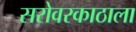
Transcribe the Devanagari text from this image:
सरोवरकाठाला